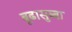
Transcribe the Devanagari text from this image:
बूढासुब्बा